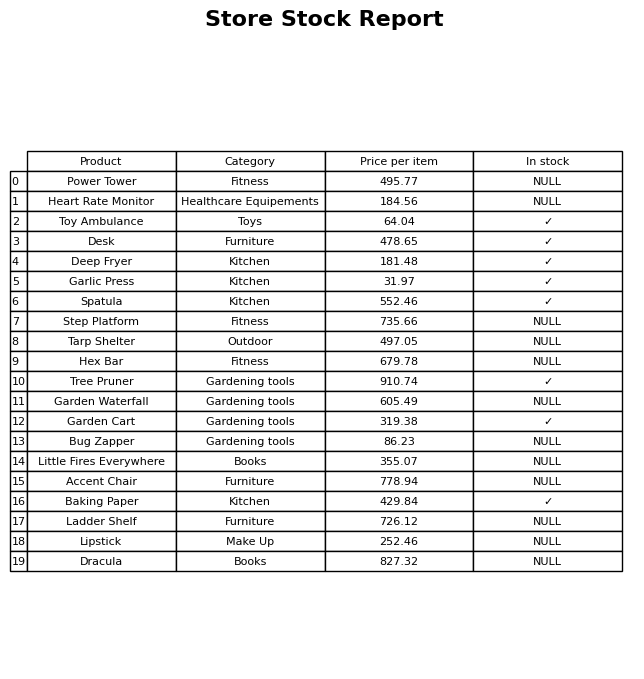
question: Is the Toy Ambulance in stock?
answer: ✓